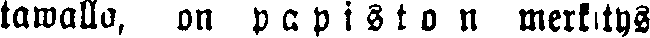
tawalla, on papiston merkitys